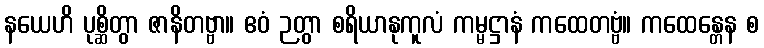
နယေဟိ ပုစ္ဆိတွာ ဇာနိတဗ္ဗာ။ ဧဝံ ဉတွာ စရိယာနုကူလံ ကမ္မဋ္ဌာနံ ကထေတဗ္ဗံ။ ကထေန္တေန စ